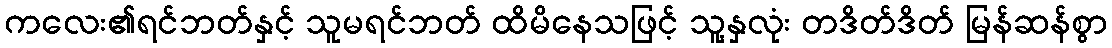
ကလေး၏ရင်ဘတ်နှင့် သူမရင်ဘတ် ထိမိနေသဖြင့် သူ့နှလုံး တဒိတ်ဒိတ် မြန်ဆန်စွာ